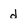
Character: d